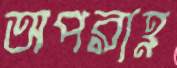
অপরাহ্ণ